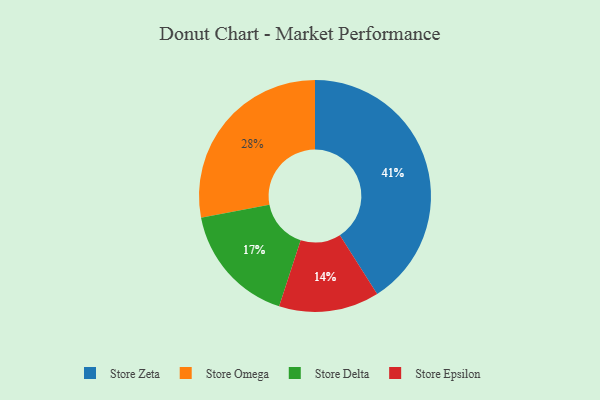
{"axis": {"x": "Category", "y": "Percentage"}, "legend": ["Store Delta", "Store Epsilon", "Store Omega", "Store Zeta"], "data": [{"x": "Store Delta", "y": 17, "type": "Store Delta"}, {"x": "Store Epsilon", "y": 14, "type": "Store Epsilon"}, {"x": "Store Zeta", "y": 41, "type": "Store Zeta"}, {"x": "Store Omega", "y": 28, "type": "Store Omega"}]}